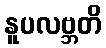
နူပလဗ္ဘတိ